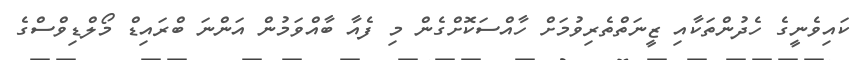
ކައިވެނީގެ ހެދުންތަކާއި ޒީނަތްތެރިވުމަށް ހާއްސަކޮށްގެން މި ފެއާ ބާއްވަމުން އަންނަ ބްރައިޑް މޯލްޑިވްސްގެ